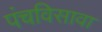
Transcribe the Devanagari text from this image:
पंचविसावा